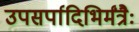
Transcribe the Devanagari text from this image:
उपसर्पादिभिर्मंत्रैः